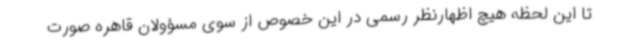
تا این لحظه هیچ اظهارنظر رسمی در این خصوص از سوی مسؤولان قاهره صورت